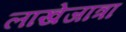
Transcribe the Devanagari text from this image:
लाखेजात्रा